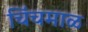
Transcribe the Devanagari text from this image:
चिंचमाळ